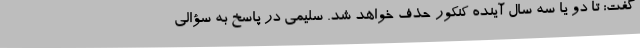
گفت: تا دو یا سه سال آینده کنکور حذف خواهد شد. سلیمی در پاسخ به سؤالی